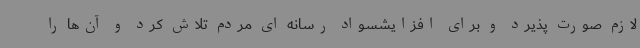
لازم صورت پذیرد و برای افزایشسواد رسانه ای مردم تلاش کرد و آن‌ها را